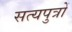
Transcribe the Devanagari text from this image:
सत्यपुत्रों